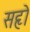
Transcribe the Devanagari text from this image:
सहृो